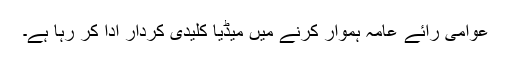
عوامی رائے عامہ ہموار کرنے میں میڈیا کلیدی کردار ادا کر رہا ہے۔